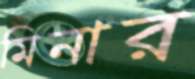
মিনার